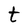
Character: t